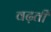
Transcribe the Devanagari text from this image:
वढ़ती